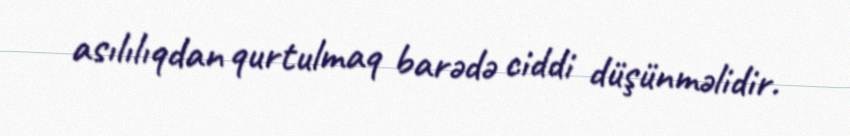
asılılıqdan qurtulmaq barədə ciddi düşünməlidir.